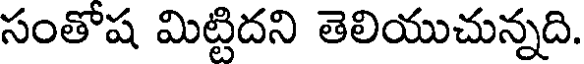
సంతోష మిట్టిదని తెలియుచున్నది.